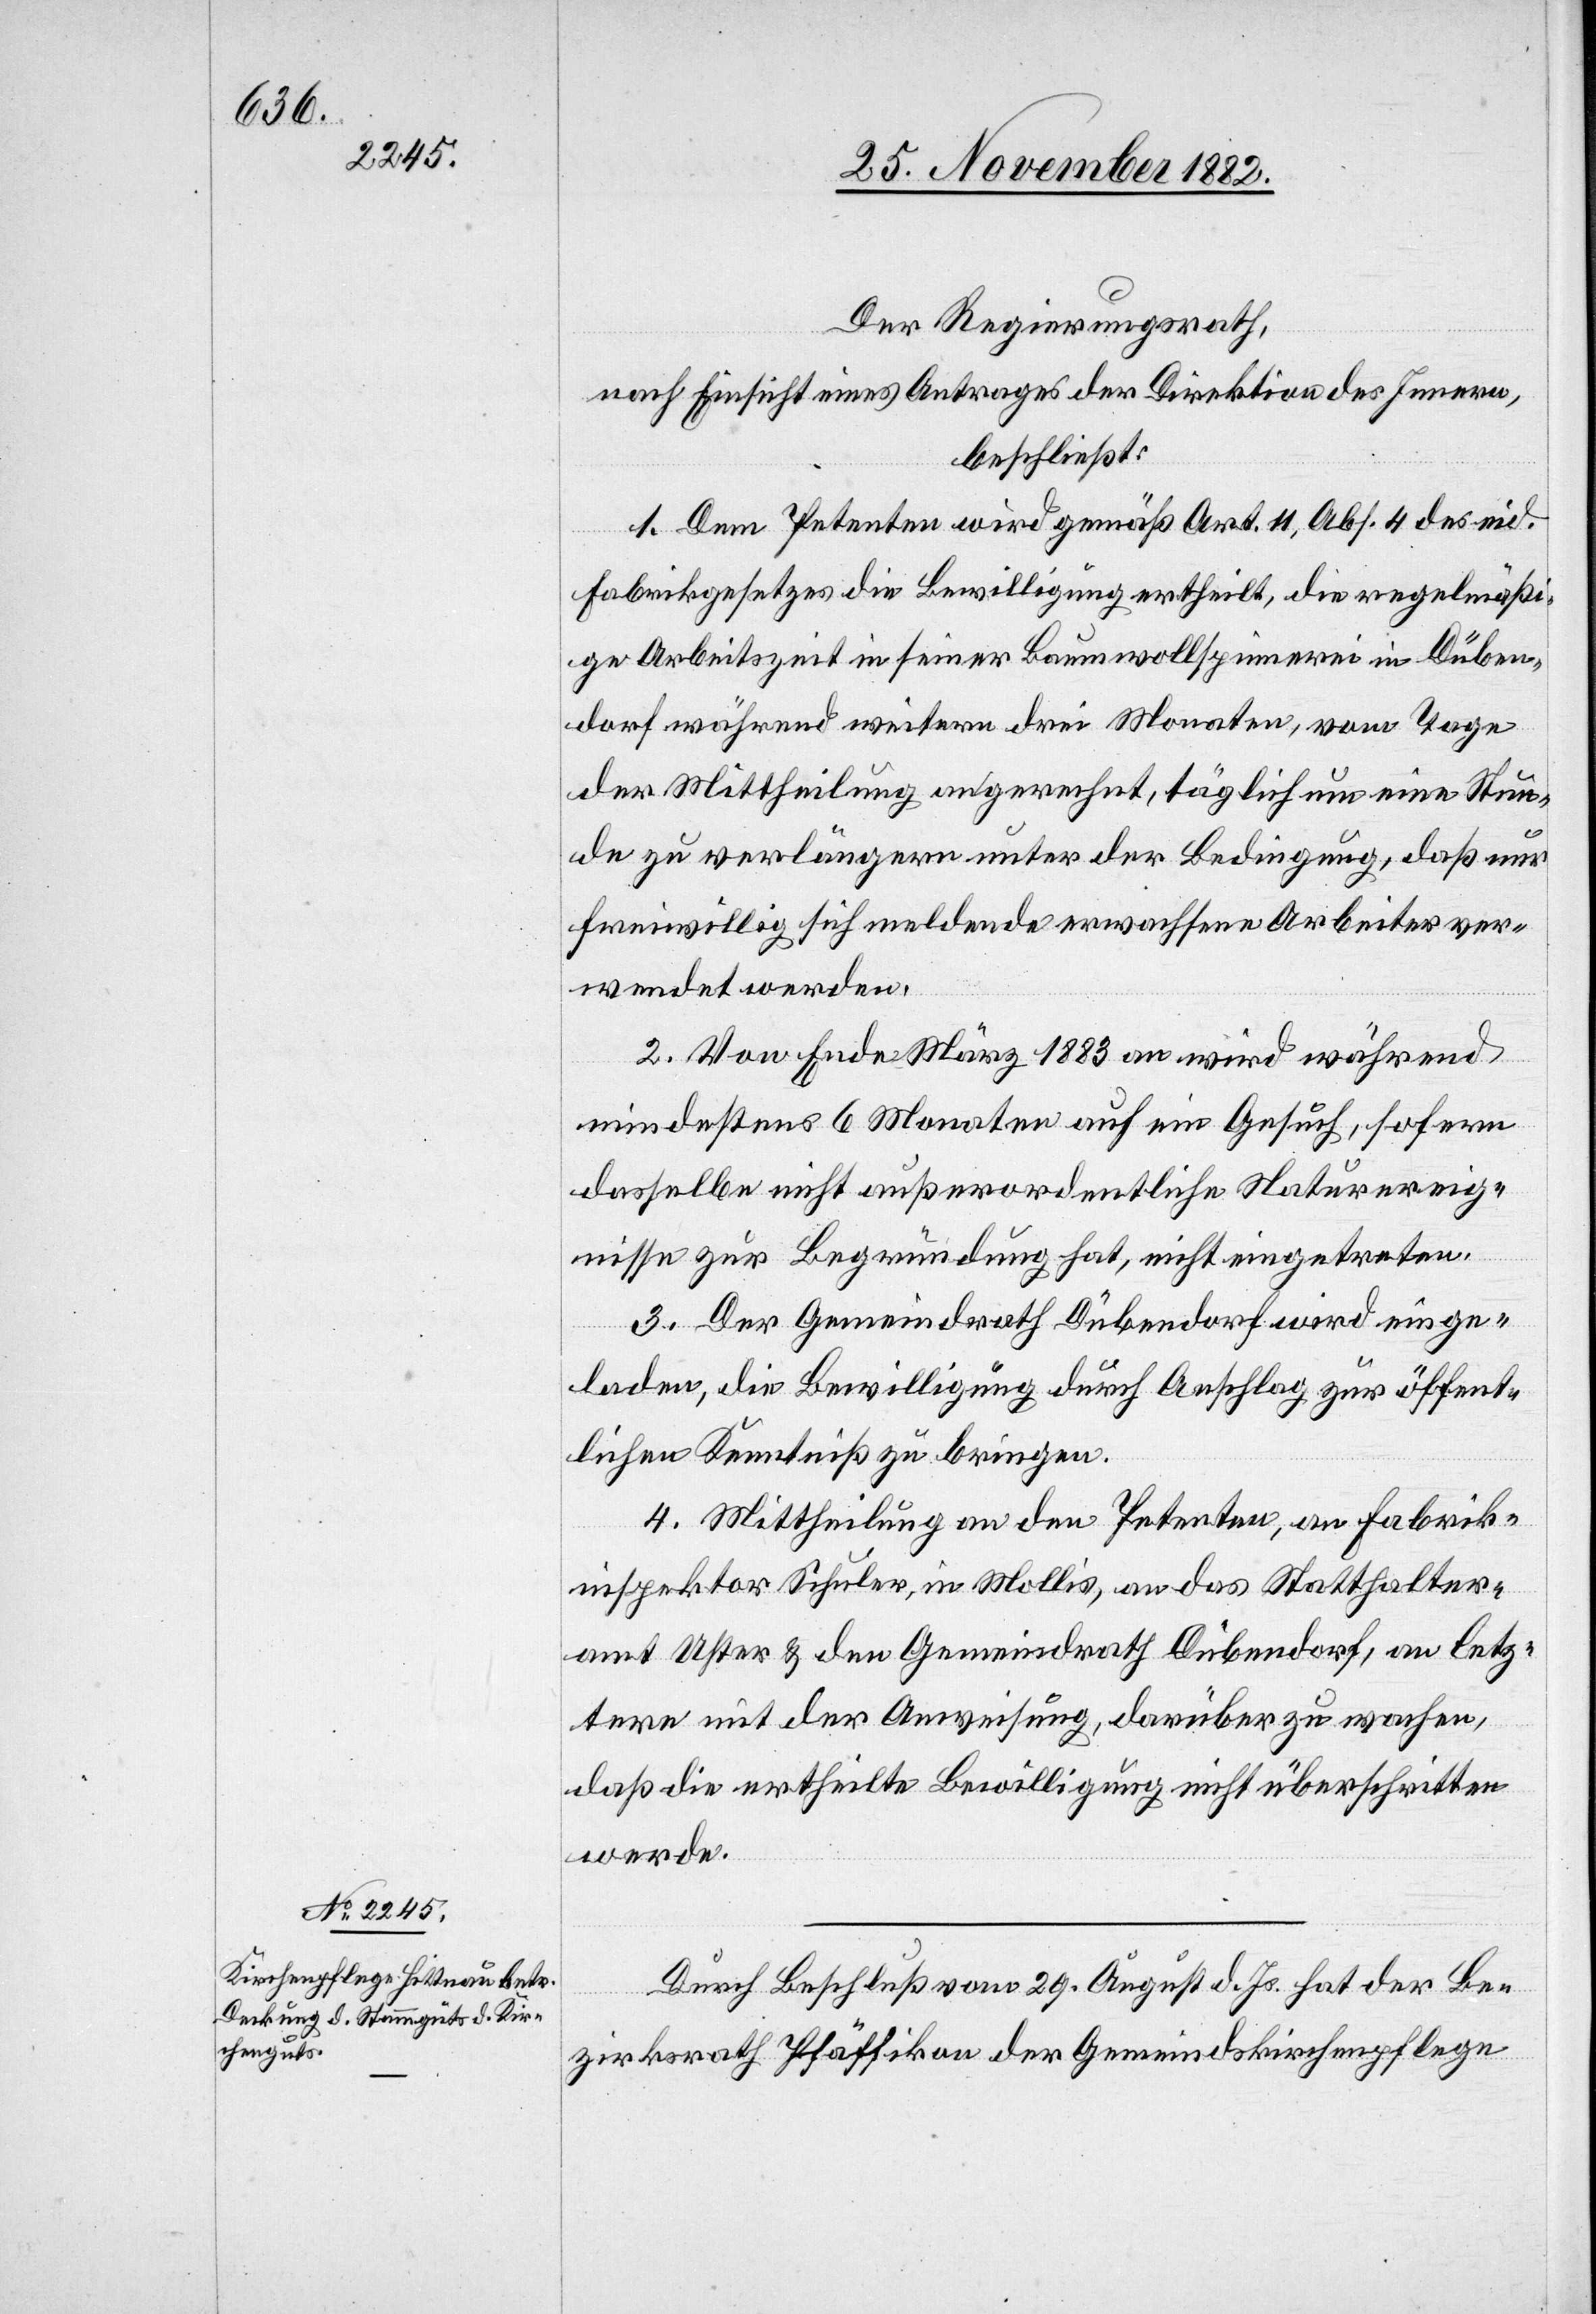
Der Regierungsrath,
nach Einsicht eines Antrages der Direktion des Innern,
beschließt:
1. Dem Petenten wird gemäß Art. 11, Abs. 4 des eid.
Fabrikgesetzes die Bewilligung ertheilt, die regelmäßi¬
ge Arbeitszeit in seiner Baumwollspinnerei in Düben¬
dorf während weitern drei Monaten, vom Tage
der Mittheilung an gerechnet, täglich um eine Stun¬
de zu verlängern unter der Bedingung, daß nur
freiwillig sich meldende erwachsene Arbeiter ver¬
wendet werden.
2. Von Ende März 1883 an wird während
mindestens 6 Monaten auf ein Gesuch, sofern
dasselbe nicht außerordentliche Naturereig¬
nisse zur Begründung hat, nicht eingetreten.
3. Der Gemeindrath Dübendorf wird einge¬
laden, die Bewilligung durch Anschlag zur öffent¬
lichen Kenntniß zu bringen.
4. Mittheilung an den Petenten, an Fabrik¬
inspektor Schuler, in Mollis, an das Statthalter¬
amt Uster & den Gemeindrath Dübendorf, an letz¬
tere mit der Anweisung, darüber zu wachen,
daß die ertheilte Bewilligung nicht überschritten
werde.
Durch Beschluß vom 29. August d. Js. hat der Be¬
zirksrath Pfäffikon der Gemeindskirchenpflege